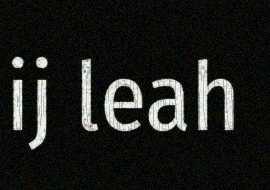
ij leah